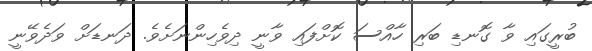
ބުރީގައި ވާ ގޮނޑި ބަރި ހާއްސަ ކޮށްފައި ވާނީ ދިވެހިންނަށެވެ. ދަނޑަށް ވަދެވޭނީ